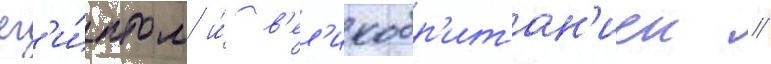
ег'и́птом и́ в'ел'икобр'итан'иеи /